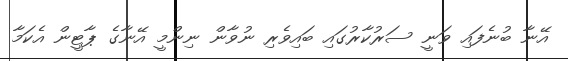
އޭނާ ބުނެފައި ވަނީ ސަރުކާރުގައި ބައިވެރި ނުވާން ނިންމީ އޭނާގެ ޕާޓީން އެކަމާ